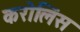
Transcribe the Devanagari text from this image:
करोलिंस